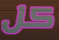
كل